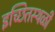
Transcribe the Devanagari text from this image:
इच्छितस्थळी